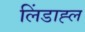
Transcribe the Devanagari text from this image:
लिंडाह्ल